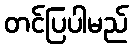
တင်ပြပါမည်